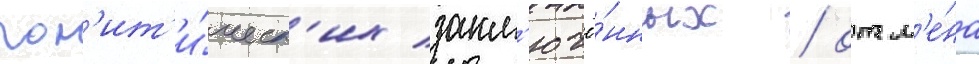
пол'ит'и́ческ'их закл'ючё́нных / отм'е́на